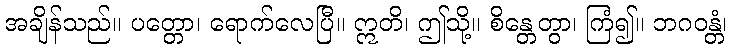
အချိန်သည်။ ပတ္တော၊ ရောက်လေပြီ။ ဣတိ၊ ဤသို့။ စိန္တေတွာ၊ ကြံ၍။ ဘဂဝန္တံ၊